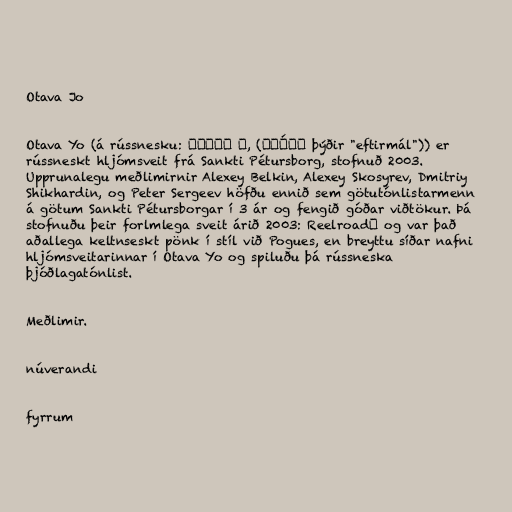
Otava Jo

Otava Yo (á rússnesku: Отава Ё, (ота́ва þýðir "eftirmál")) er
rússneskt hljómsveit frá Sankti Pétursborg, stofnuð 2003.
Upprunalegu meðlimirnir Alexey Belkin, Alexey Skosyrev, Dmitriy
Shikhardin, og Peter Sergeev höfðu ennið sem götutónlistarmenn
á götum Sankti Pétursborgar í 3 ár og fengið góðar viðtökur. Þá
stofnuðu þeir forlmlega sveit árið 2003: Reelroadъ og var það
aðallega keltnseskt pönk í stíl við Pogues, en breyttu síðar nafni
hljómsveitarinnar í Otava Yo og spiluðu þá rússneska
þjóðlagatónlist.

Meðlimir.

núverandi

fyrrum